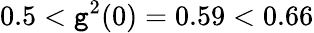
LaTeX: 0.5<\mathtt{g}^{2}(0)=0.59<0.66